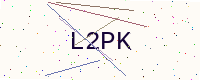
Text: L2PK